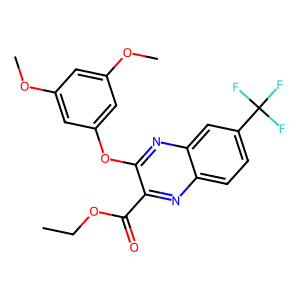
SMILES: CCOC(=O)c1nc2ccc(C(F)(F)F)cc2nc1Oc1cc(OC)cc(OC)c1
Inhibits HIV replication: No